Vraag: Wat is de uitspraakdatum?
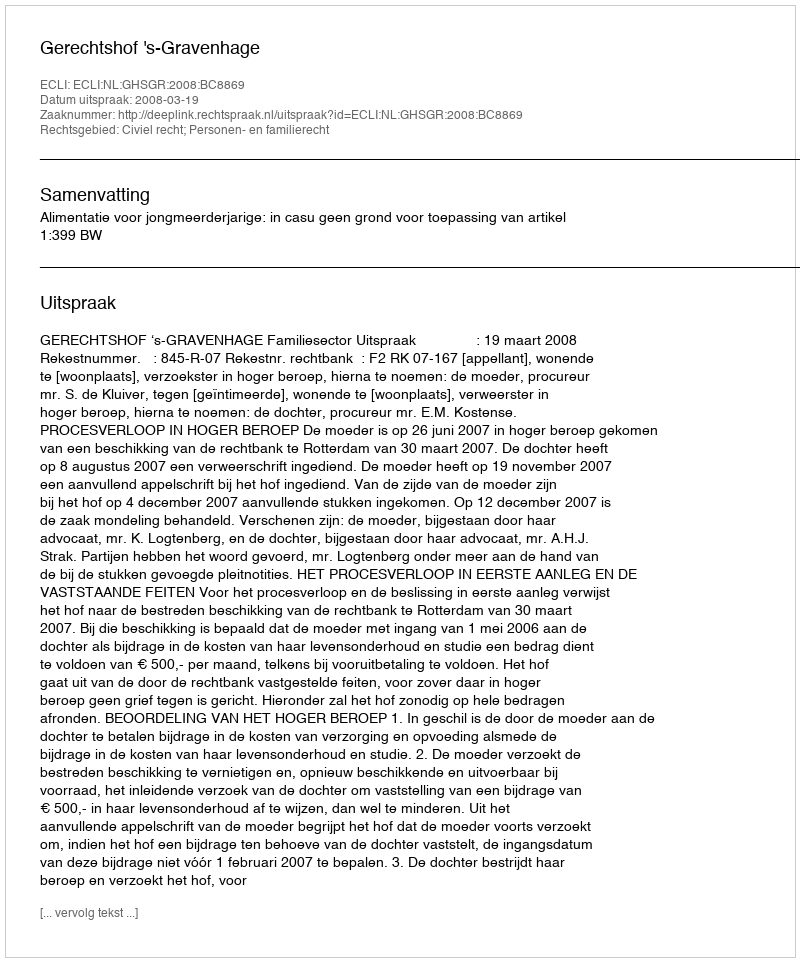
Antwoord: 2008-03-19